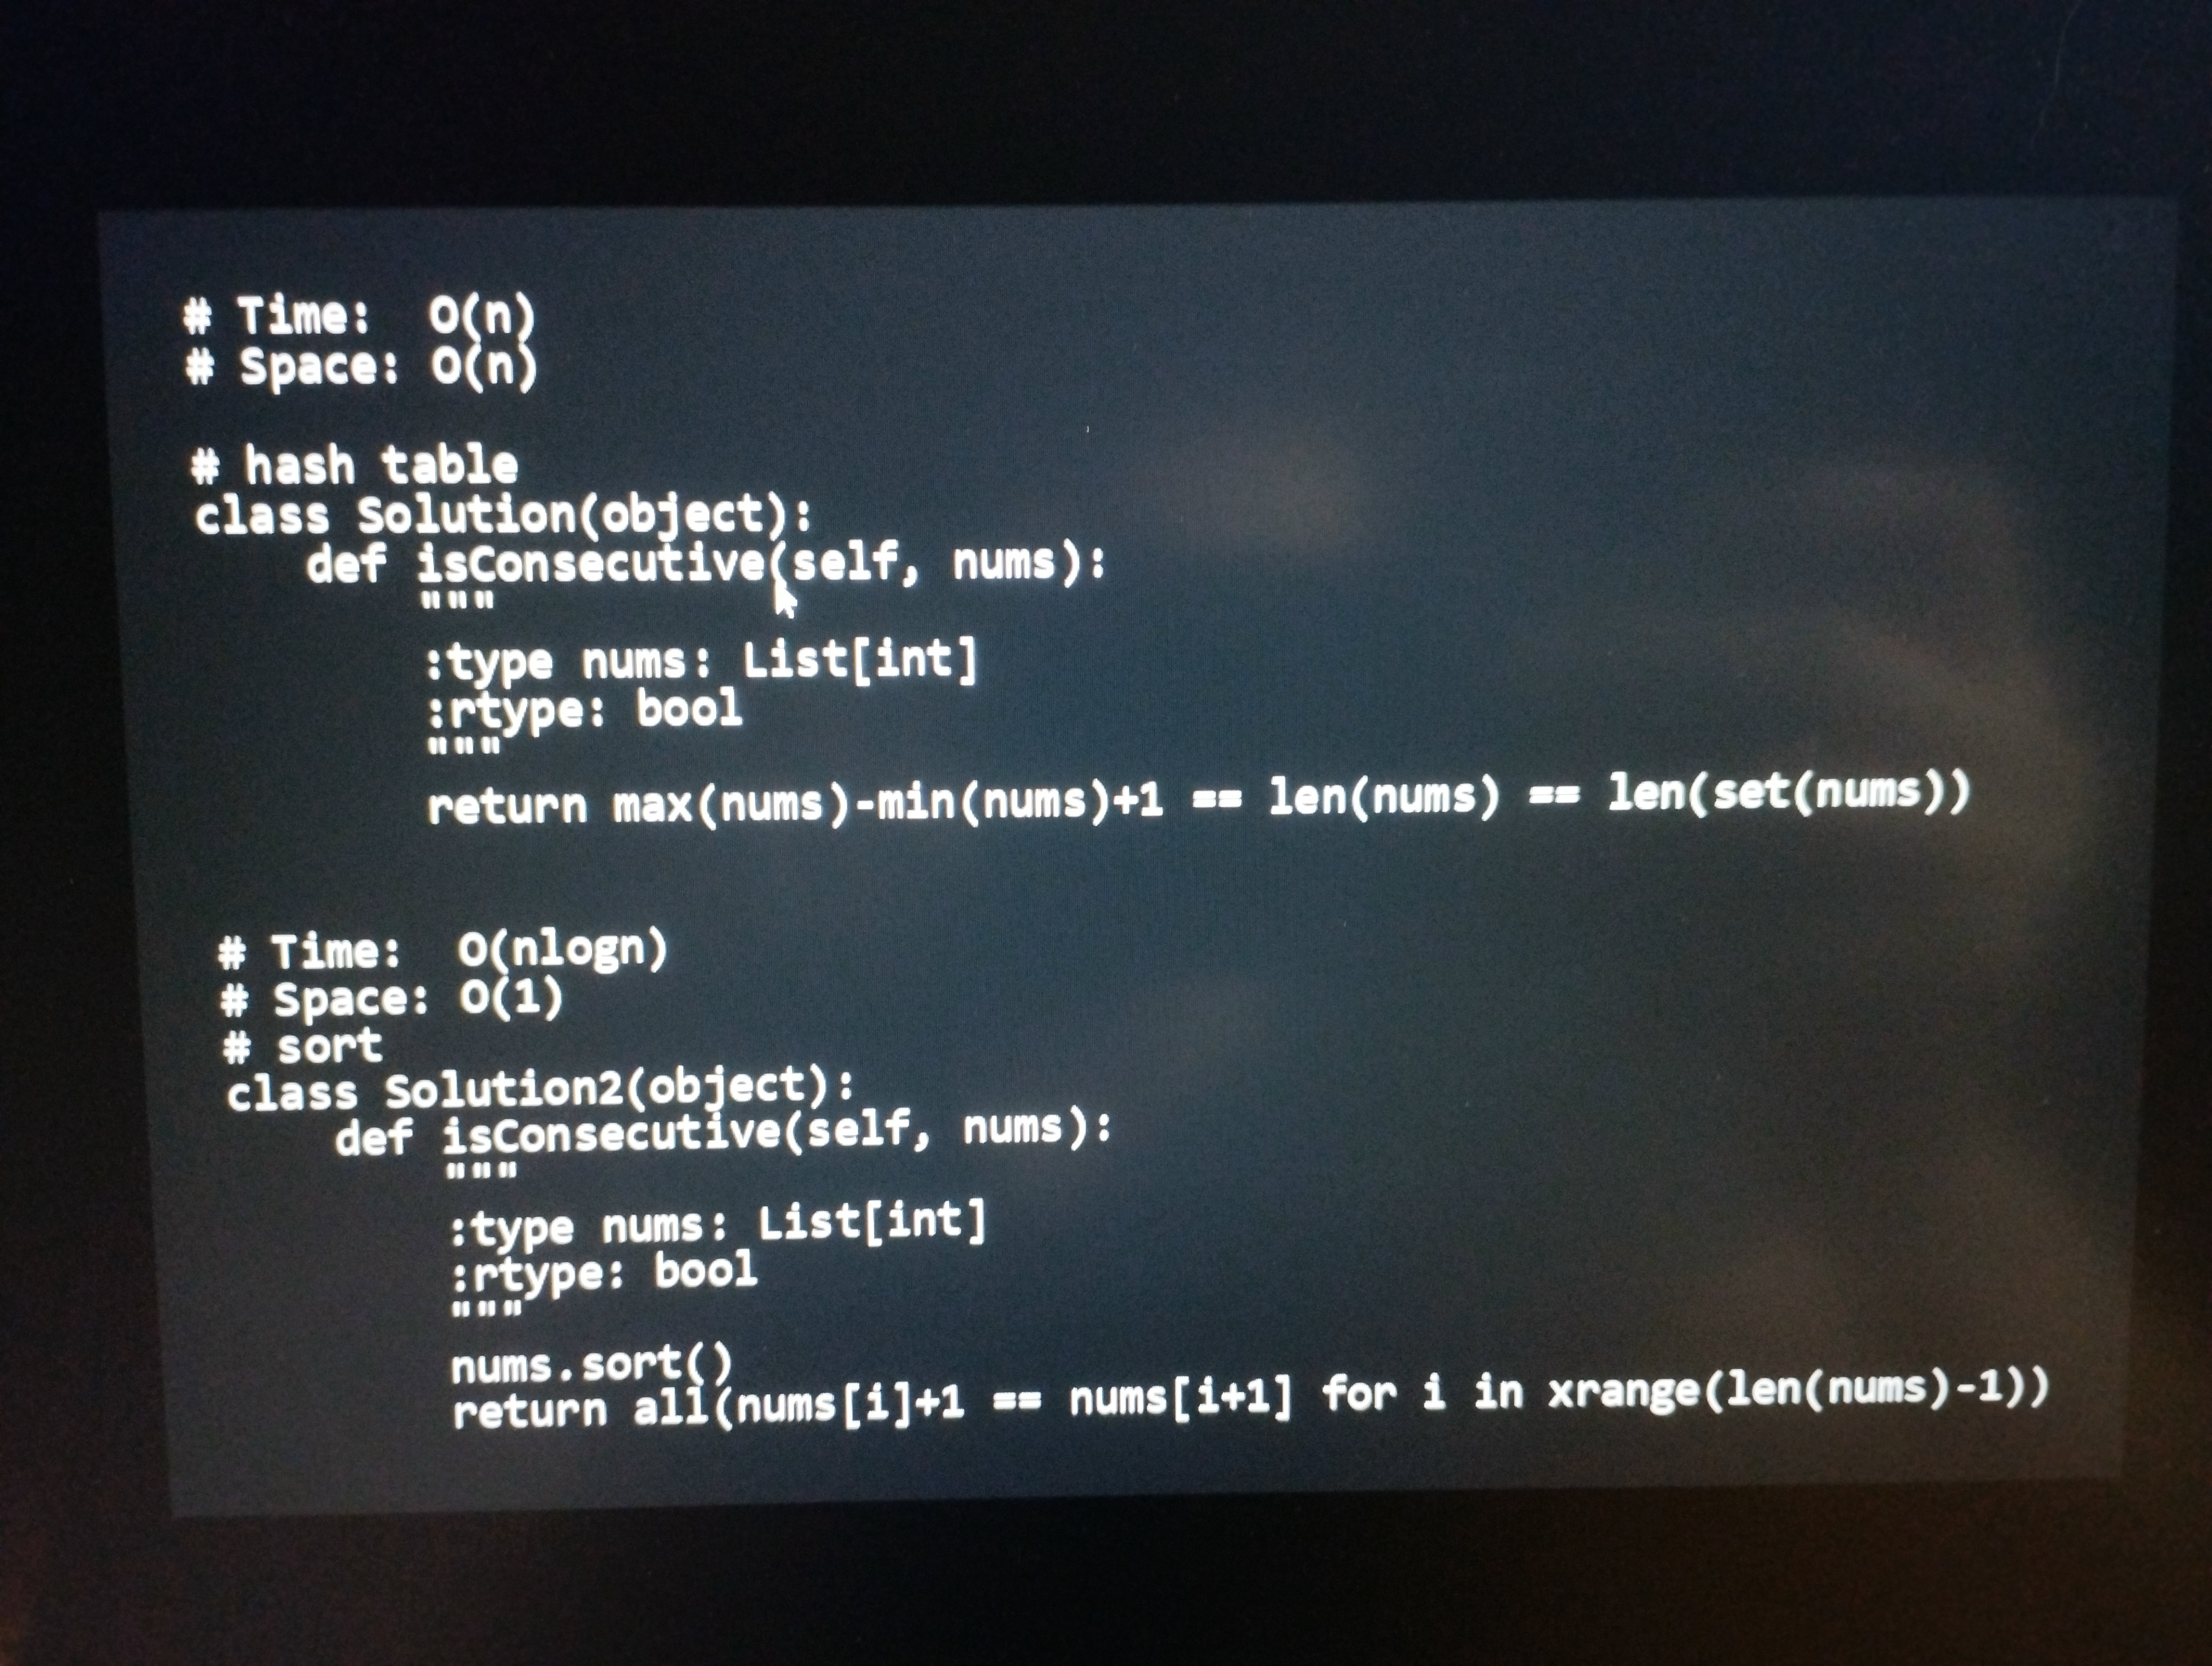
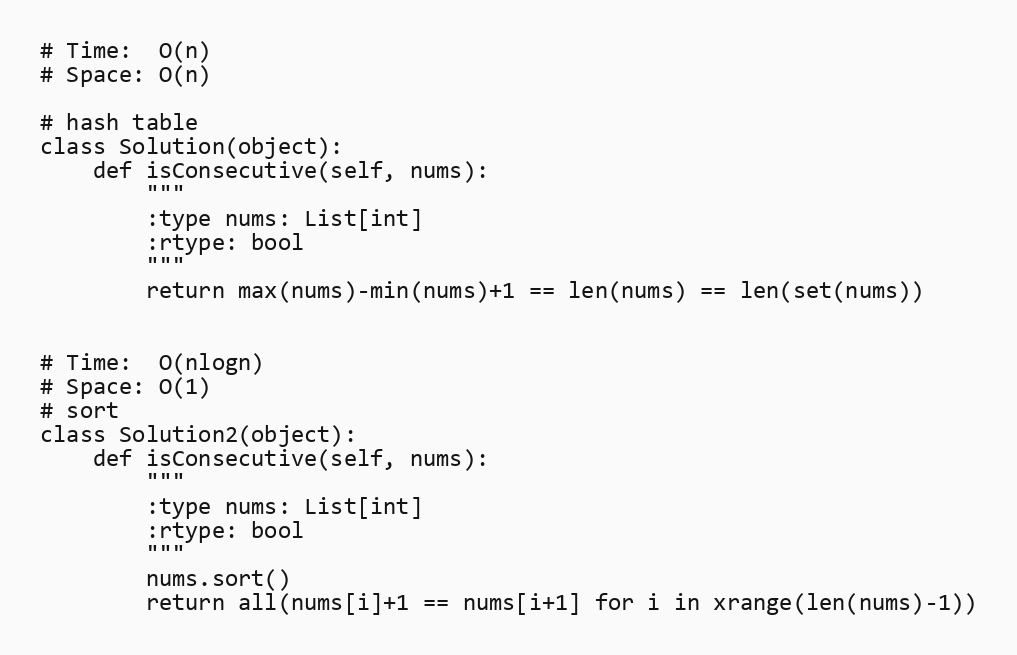
# Time:  O(n)
# Space: O(n)

# hash table
class Solution(object):
    def isConsecutive(self, nums):
        """
        :type nums: List[int]
        :rtype: bool
        """
        return max(nums)-min(nums)+1 == len(nums) == len(set(nums))

# Time:  O(nlogn)
# Space: O(1)
# sort
class Solution2(object):
    def isConsecutive(self, nums):
        """
        :type nums: List[int]
        :rtype: bool
        """
        nums.sort()
        return all(nums[i]+1 == nums[i+1] for i in xrange(len(nums)-1))